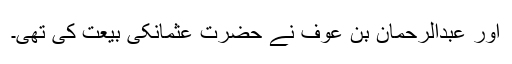
اور عبدالرحمان بن عوف نے حضرت عثمانکی بیعت کی تھی۔